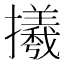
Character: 𢸤